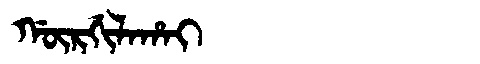
Manchu: ᡤᡡᡵᡤᡳᠯᠠᡥᠠᡳ
Romanization: GŪRGILAHAI